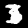
Label: 3